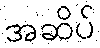
အဆိပ်